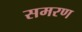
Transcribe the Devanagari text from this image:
समरण